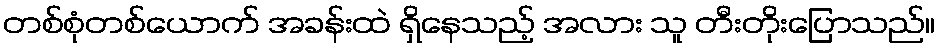
တစ်စုံတစ်ယောက် အခန်းထဲ ရှိနေသည့် အလား သူ တီးတိုးပြောသည်။